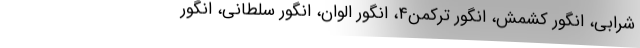
شرابی، انگور کشمش، انگور ترکمن۴، انگور الوان، انگور سلطانی، انگور